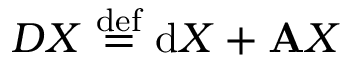
D X \ { \stackrel { \mathrm { d e f } } { = } } \ \mathrm { d } X + \mathbf { A } X